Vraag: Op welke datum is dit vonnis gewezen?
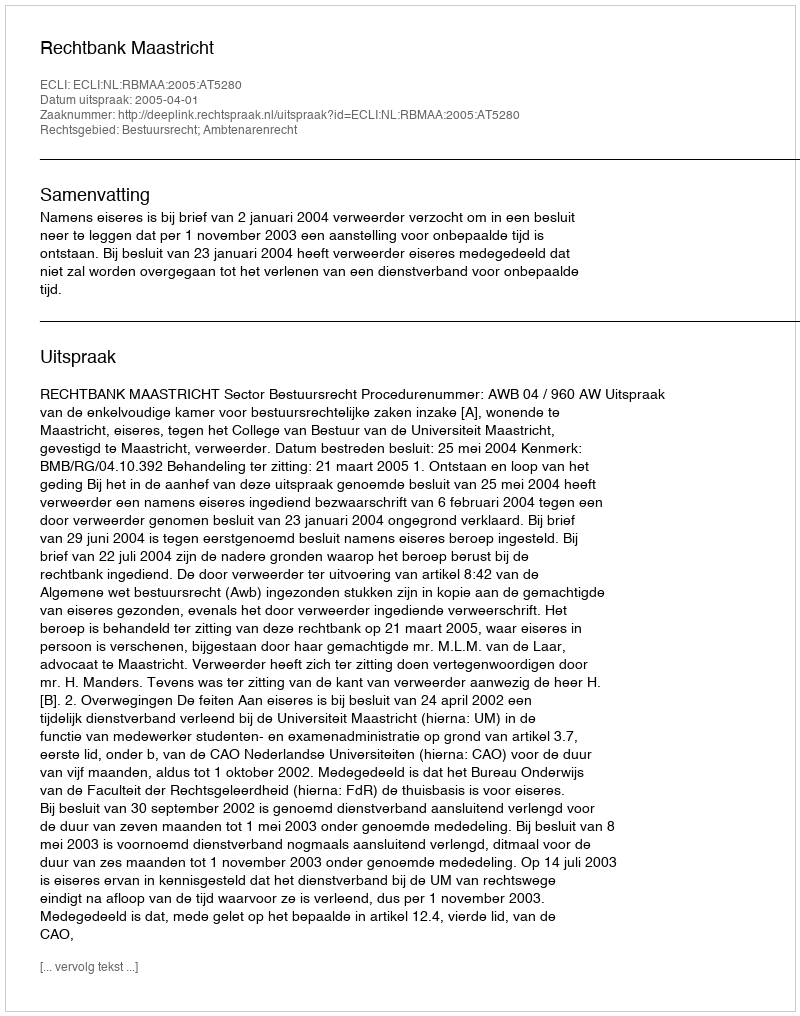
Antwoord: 2005-04-01